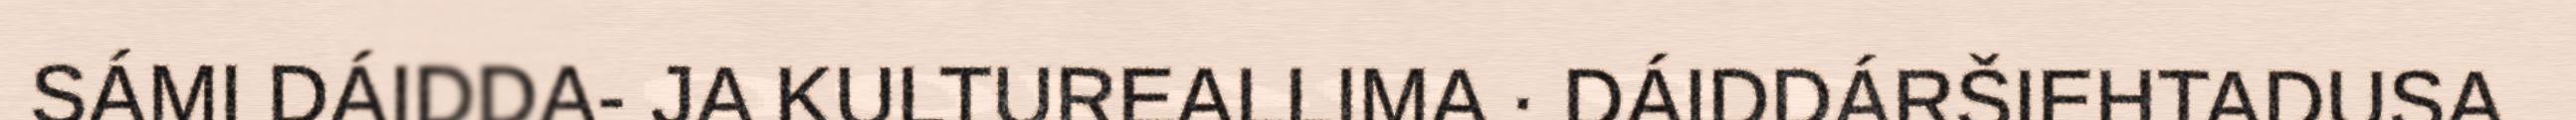
SÁMI DÁIDDA- JA KULTUREALLIMA · DÁIDDÁRŠIEHTADUSA